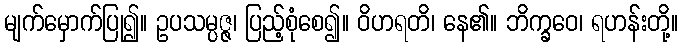
မျက်မှောက်ပြု၍။ ဥပသမ္ပဇ္ဇ၊ ပြည့်စုံစေ၍။ ဝိဟရတိ၊ နေ၏။ ဘိက္ခဝေ၊ ရဟန်းတို့။